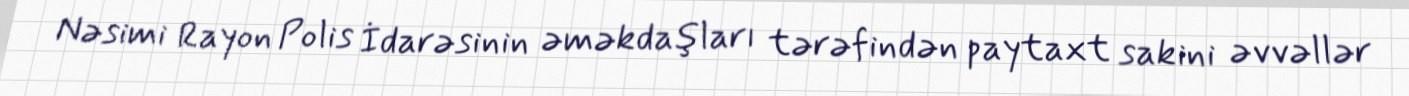
Nəsimi Rayon Polis İdarəsinin əməkdaşları tərəfindən paytaxt sakini əvvəllər